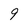
Character: 9